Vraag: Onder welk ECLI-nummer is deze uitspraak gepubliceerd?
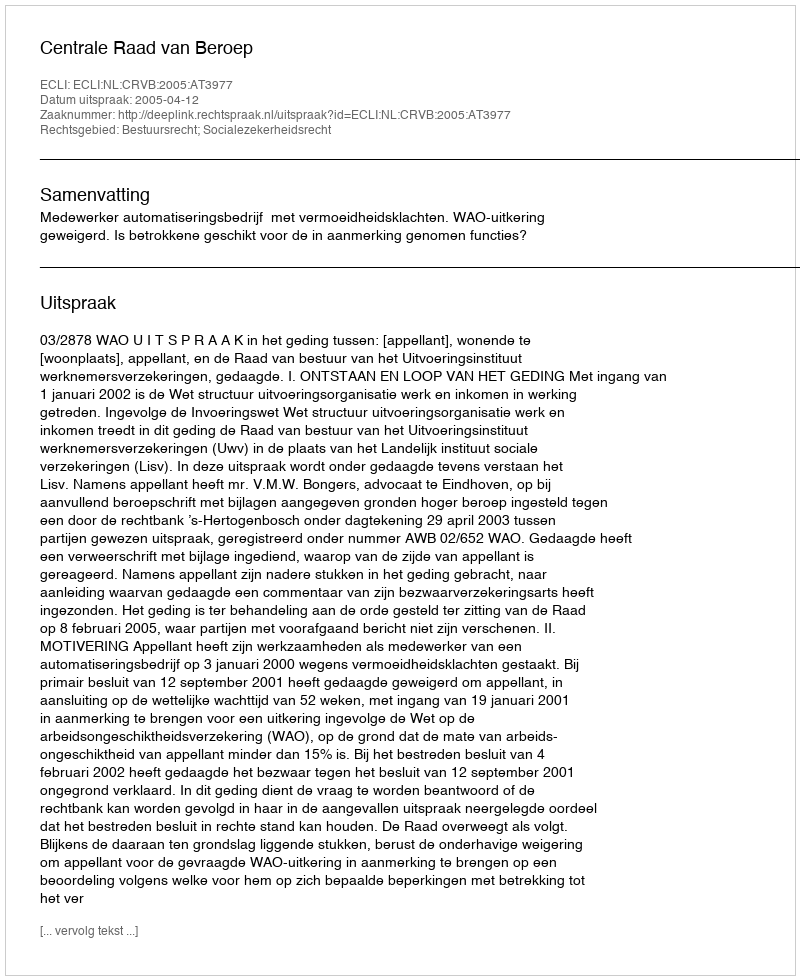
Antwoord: ECLI:NL:CRVB:2005:AT3977